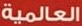
العالمية